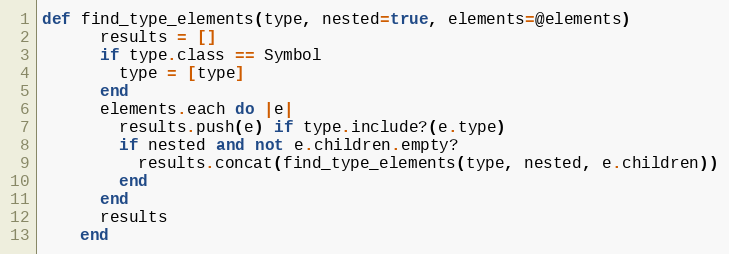
Language: Ruby
def find_type_elements(type, nested=true, elements=@elements)
      results = []
      if type.class == Symbol
        type = [type]
      end
      elements.each do |e|
        results.push(e) if type.include?(e.type)
        if nested and not e.children.empty?
          results.concat(find_type_elements(type, nested, e.children))
        end
      end
      results
    end